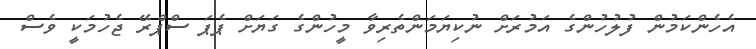
އެހެންކަމުން ފުލުހުންގެ އަމުރަށް ނުކިޔަމަންތެރިވާ މީހުންގެ ގަޔަށް ޕެޕަ ސްޕްރޭ ޖެހުމަކީ ވެސް